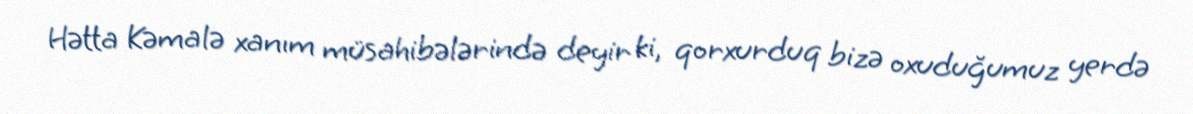
Hətta Kəmalə xanım müsahibələrində deyir ki, qorxurduq bizə oxuduğumuz yerdə